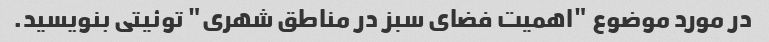
در مورد موضوع "اهمیت فضای سبز در مناطق شهری" توئیتی بنویسید.